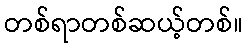
တစ်ရာတစ်ဆယ့်တစ်။